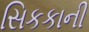
સિકકાની